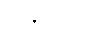
လမ်းဖွင့်